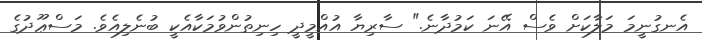
އެނގުނީމަ މަލާކަށް ވެސް އޭނަ ކަމުދާނެ." ސާރިޔާ އުއްމީދީ ހިނިތުންވުމަކާއެކީ ބުނެލިއެވެ. މަސްޢޫދުގެ